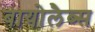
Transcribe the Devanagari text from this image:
बायोलैब्स